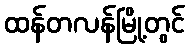
ထန်တလန်မြို့တွင်